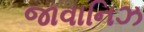
જાવાનિઝ